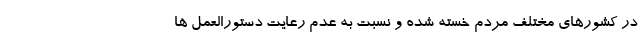
در کشورهای مختلف مردم خسته شده و نسبت به عدم رعایت دستورالعمل ها